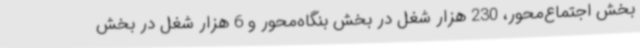
بخش اجتماع‌محور، 230 هزار شغل در بخش بنگاه‌محور و 6 هزار شغل در بخش